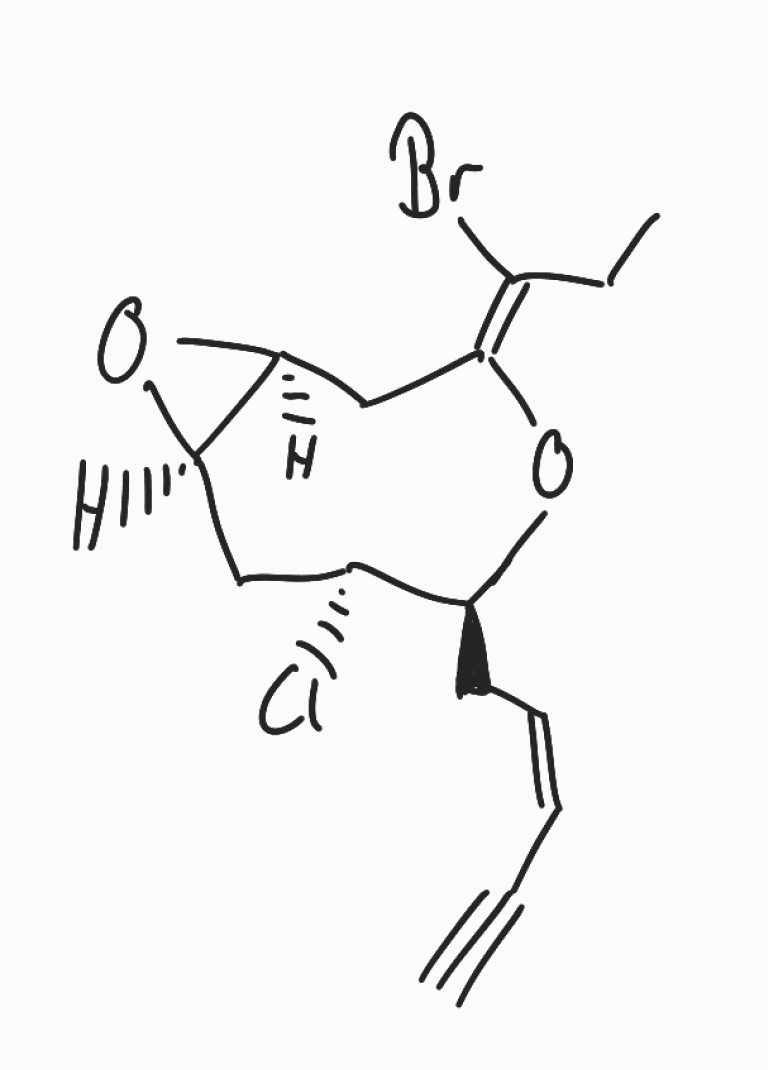
Simplified molecular-input line-entry system (SMILES) notation of the given molecule:
CC/C(=C\1/C[C@H]2[C@H](O2)C[C@@H]([C@@H](O1)C/C=C\C#C)Cl)/Br